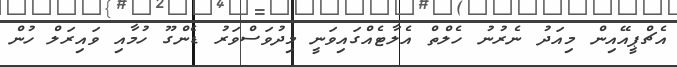
އެޗްޕީއޭއިން މިއަދު ނެރުނު ހެލްތް އެލާޓެއްގައިވަނީ މިދުވަސްވަރު ޑެންގޫ ހުމާއި ވައިރަލް ހުން